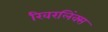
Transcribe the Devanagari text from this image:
रिवरलिंक्स